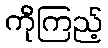
ကိုကြည့်